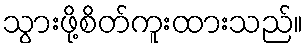
သွားဖို့စိတ်ကူးထားသည်။